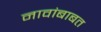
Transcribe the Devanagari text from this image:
नावांबाबत